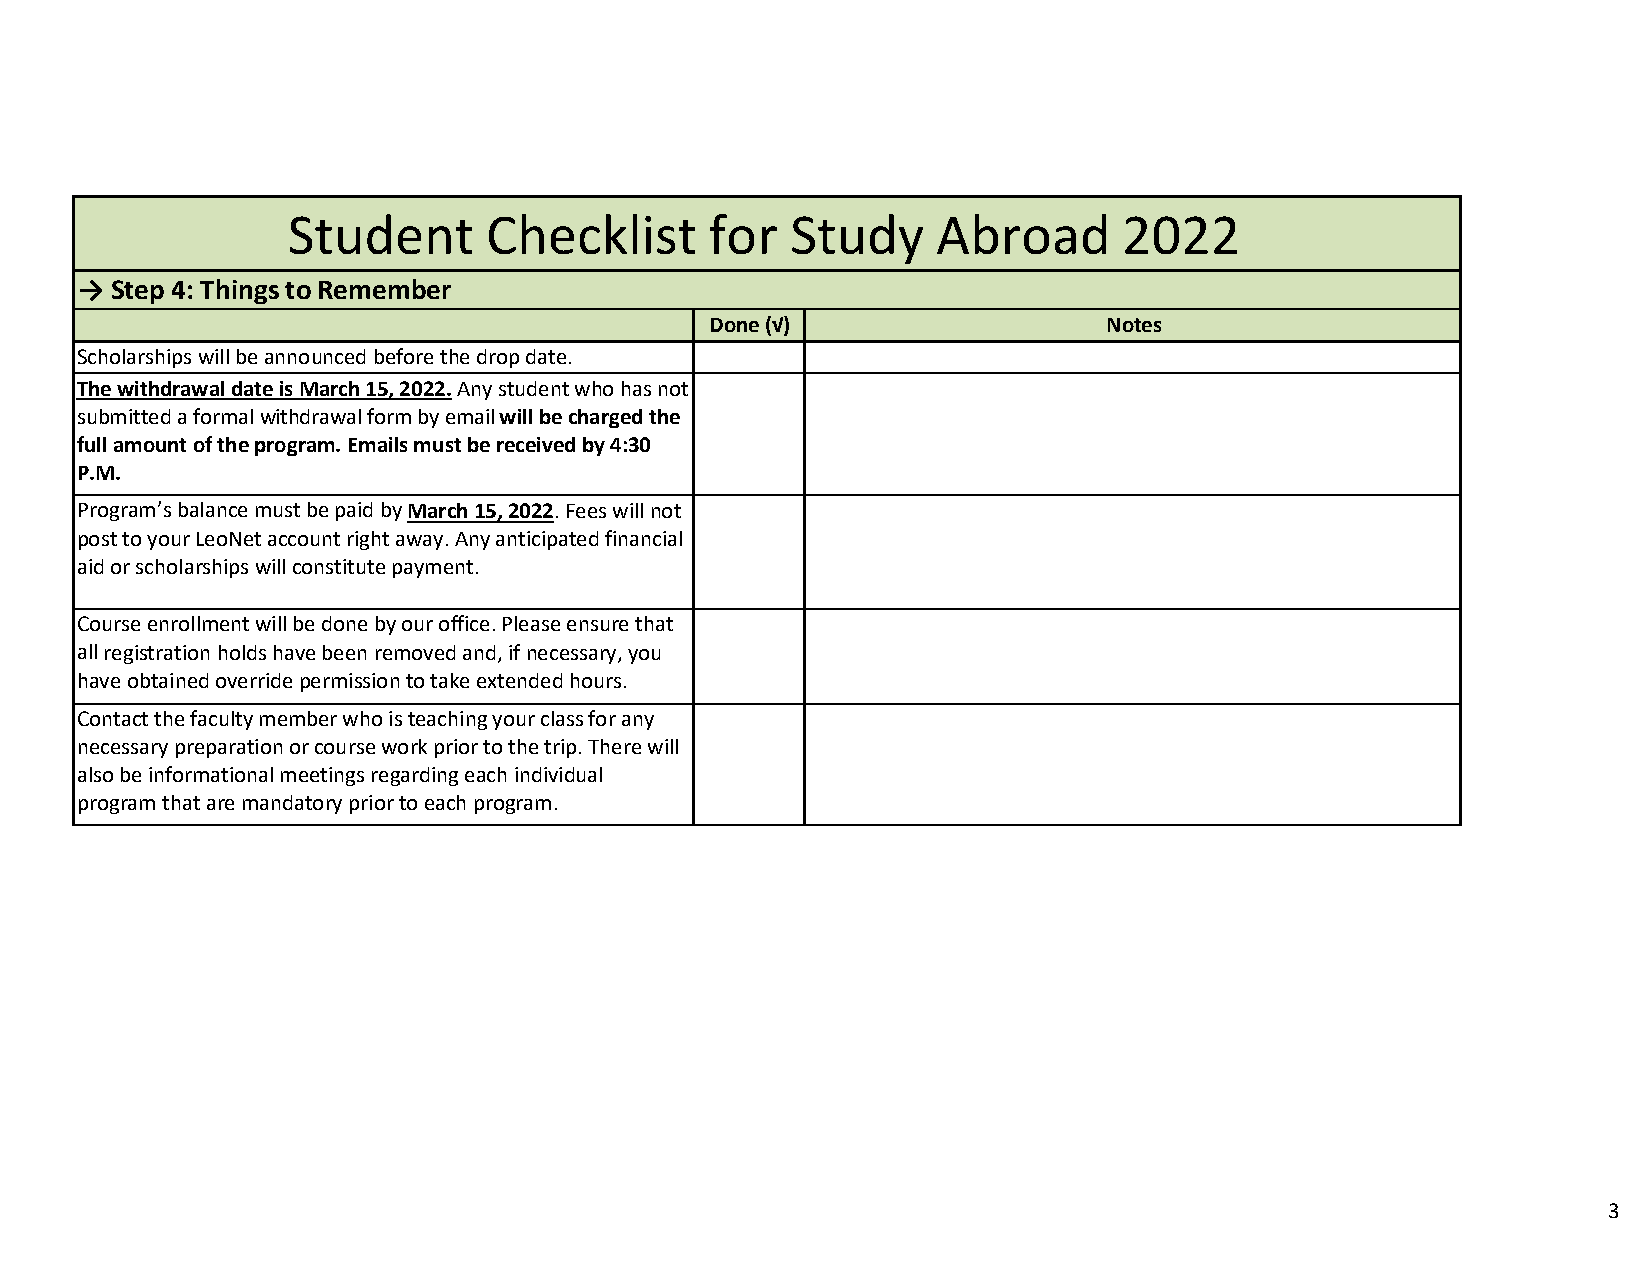
Student      Checklist      for  Study     Abroad      2022
 → Step 4: Things to Remember
 Done (√)                  Notes
 Scholarships will be announced before the drop date.
 The withdrawal date is March 15, 2022. Any student who has not
 submitted a formal withdrawal form by email will be charged the
 full amount of the program. Emails must be received by 4:30
 P.M.
 Program’s balance must be paid by March 15, 2022. Fees will not
 post to your LeoNet account right away. Any anticipated financial
 aid or scholarships will constitute payment.
 Course enrollment will be done by our office. Please ensure that
 all registration holds have been removed and, if necessary, you
 have obtained override permission to take extended hours.
 Contact the faculty member who is teaching your class for any
 necessary preparation or course work prior to the trip. There will
 also be informational meetings regarding each individual
 program that are mandatory prior to each program.
 3